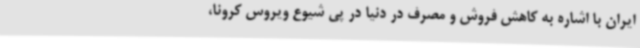
ایران با اشاره به کاهش فروش و مصرف در دنیا در پی شیوع ویروس کرونا،